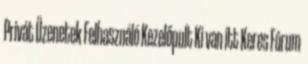
Privát Üzenetek Felhasználó Kezelőpult Ki van itt Keres Fórum